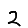
Digit: 2